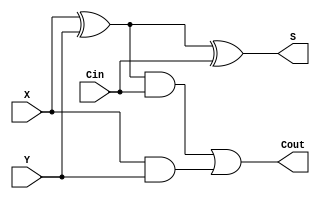
module FA_1 (
    input X, Y, Cin,
    output S, Cout
);
    wire w[0:2];

    // first HA
    xor(w[0], X, Y);
    and(w[1], X, Y);

    // second HA
    xor(S, w[0], Cin);
    and(w[2], w[0], Cin);

    or(Cout, w[2], w[1]);
endmodule